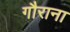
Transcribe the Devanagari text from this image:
गौराना